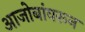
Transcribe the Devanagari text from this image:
आजोबांवरून